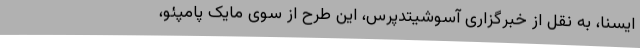
ایسنا، به نقل از خبرگزاری آسوشیتدپرس، این طرح از سوی مایک پامپئو،